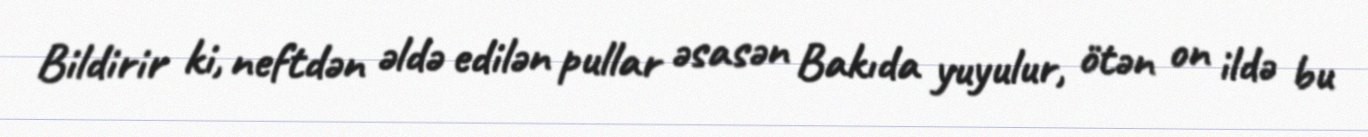
Bildirir ki, neftdən əldə edilən pullar əsasən Bakıda yuyulur, ötən on ildə bu